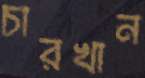
চারখান